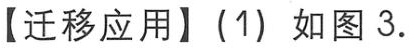
【迁移应用】(1) 如图3.